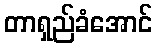
တာရှည်ခံအောင်